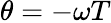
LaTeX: \theta=-\omega T